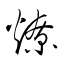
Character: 燎